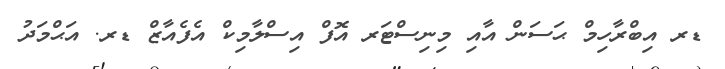
ޑރ އިބްރާހިމް ޙަސަން އާއި މިނިސްޓަރ އޮފް އިސްލާމިކް އެފެއާޒް ޑރ. އަޙްމަދު